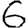
Digit: 6